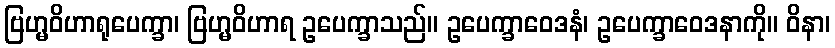
ဗြဟ္မဝိဟာရုပေက္ခာ၊ ဗြဟ္မဝိဟာရ ဥပေက္ခာသည်။ ဥပေက္ခာဝေဒနံ၊ ဥပေက္ခာဝေဒနာကို။ ဝိနာ၊